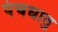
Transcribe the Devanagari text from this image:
पंचधातु